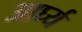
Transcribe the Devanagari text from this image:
आर्घ्य